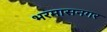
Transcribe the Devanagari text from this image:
भरमासनगर